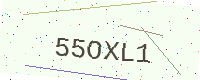
Text: 55OXL1